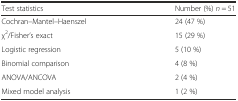
| Test statistics | Number (%) n = 51 |
 | --- | --- |
 | Cochran–Mantel–Haenszel | 24 (47 %) |
 | χ2/Fisher’s exact | 15 (29 %) |
 | Logistic regression | 5 (10 %) |
 | Binomial comparison | 4 (8 %) |
 | ANOVA/ANCOVA | 2 (4 %) |
 | Mixed model analysis | 1 (2 %) |